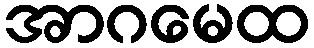
အာဂမေထ